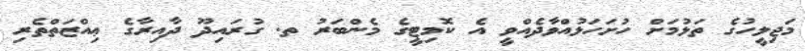
މަޖިލީހުގެ ތަޅުމަށް ހުށަހަޅުއްވާދެއްވީ އެ ކޮމިޓީގެ މެންބަރު ތ. ގުރައިދޫ ދާއިރާގެ ޢިއްޒަތްތެރި